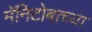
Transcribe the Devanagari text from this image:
मॅनिटोबाच्या